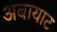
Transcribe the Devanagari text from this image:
अबायाट